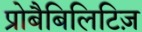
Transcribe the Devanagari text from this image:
प्रोबैबिलिटिज़